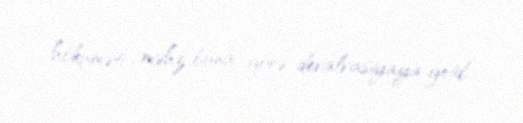
hökuməti məhz buna görə devalvasiyaya getdi.